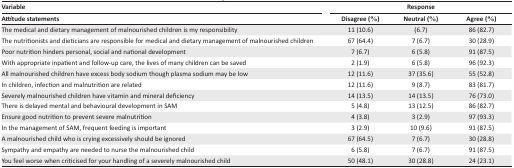
| Variable | <COLSPAN=3> Response |
 | Attitude statements | Disagree (%) | Neutral (%) | Agree (%) |
 | --- | --- | --- | --- |
 | The medical and dietary management of malnourished children is my responsibility | 11 (10.6) | (6.7) | 86 (82.7) |
 | The nutritionists and dieticians are responsible for medical and dietary management of malnourished children | 67 (64.4) | 7 (6.7) | 30 (28.9) |
 | Poor nutrition hinders personal, social and national development | 7 (6.7) | 6 (5.8) | 91 (87.5) |
 | With appropriate inpatient and follow-up care, the lives of many children can be saved | 2 (1.9) | 6 (5.8) | 96 (92.3) |
 | All malnourished children have excess body sodium though plasma sodium may be low | 12 (11.6) | 37 (35.6) | 55 (52.8) |
 | In children, infection and malnutrition are related | 12 (11.6) | 9 (8.7) | 83 (81.7) |
 | Severely malnourished children have vitamin and mineral deficiency | 14 (13.5) | 14 (13.5) | 76 (73.0) |
 | There is delayed mental and behavioural development in SAM | 5 (4.8) | 13 (12.5) | 86 (82.7) |
 | Ensure good nutrition to prevent severe malnutrition | 4 (3.8) | 3 (2.9) | 97 (93.3) |
 | In the management of SAM, frequent feeding is important | 3 (2.9) | 10 (9.6) | 91 (87.5) |
 | A malnourished child who is crying excessively should be ignored | 67 (64.5) | 7 (6.7) | 30 (28.8) |
 | Sympathy and empathy are needed to nurse the malnourished child | 6 (5.8) | 7 (6.7) | 91 (87.5) |
 | You feel worse when criticised for your handling of a severely malnourished child | 50 (48.1) | 30 (28.8) | 24 (23.1) |